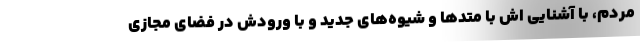
مردم، با آشنایی ‌اش با متدها و شیوه‌های جدید و با ورودش در فضای مجازی